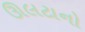
ઊલટાનો